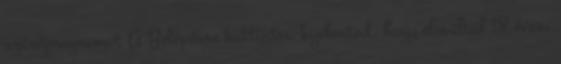
szűrőprogramot A Belépésre kattintva kijelented, hogy elmúltál 18 éves,